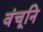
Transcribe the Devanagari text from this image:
वंचूनि